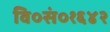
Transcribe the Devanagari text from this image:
वि०सं०१६४२